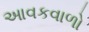
આવકવાળો